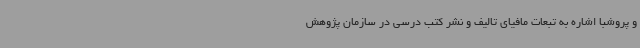
و پروشبا اشاره به تبعات مافیای تالیف و نشر کتب درسی در سازمان پژوهش